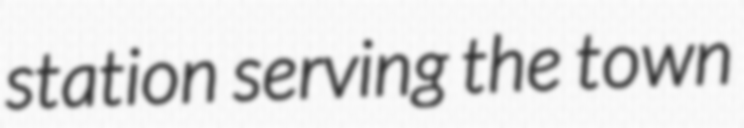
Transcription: station serving the town